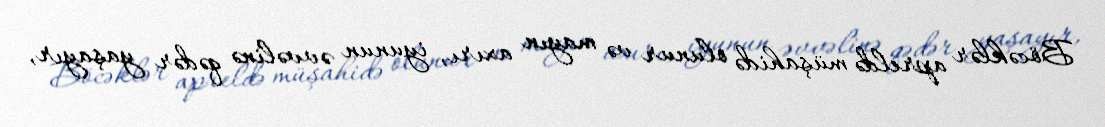
Böcəklər apreldə müşahidə olunur və mayın axırı, iyunun əvvəlinə qədər yaşayır,